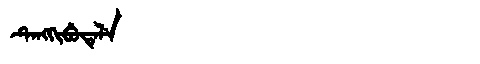
Manchu: ᡨᡝᠩᡴᡳᠪᡠᡨᡝᠯᡝ
Romanization: TENGKIBUTELE